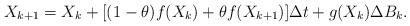
LaTeX: \begin{align*} X_{k+1}=X_k+[(1-\theta)f(X_k)+\theta f(X_{k+1})]\Delta t+g(X_k)\Delta B_k.\end{align*}